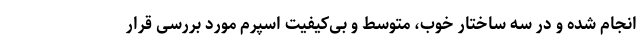
انجام شده و در سه ساختار خوب، متوسط و بی‌کیفیت اسپرم مورد بررسی قرار